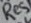
Text: Res